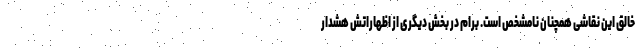
خالق این نقاشی همچنان نامشخص است. برام در بخش دیگری از اظهاراتش هشدار